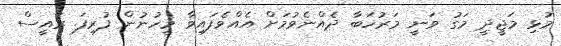
މުޅި މަޖީދީ މަގު ވަނީ މަރުހަބާ ދެއްނެވުމަށް އެއްވެފައިވާ މީހުނުން ފުރިފަ. ރައީސް